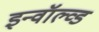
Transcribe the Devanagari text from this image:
इन्वॉल्व्ड